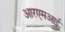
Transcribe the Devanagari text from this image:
आरएमआई